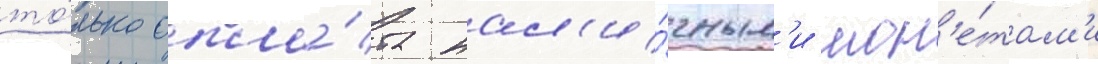
то́лько опла́та нал'и́чным'и мон'е́там'и